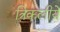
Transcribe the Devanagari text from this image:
त्रिकलीये